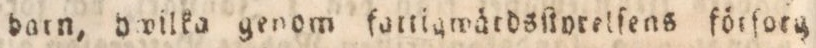
barn, bwilka genom fattigwätdsſtyrelſens förforg